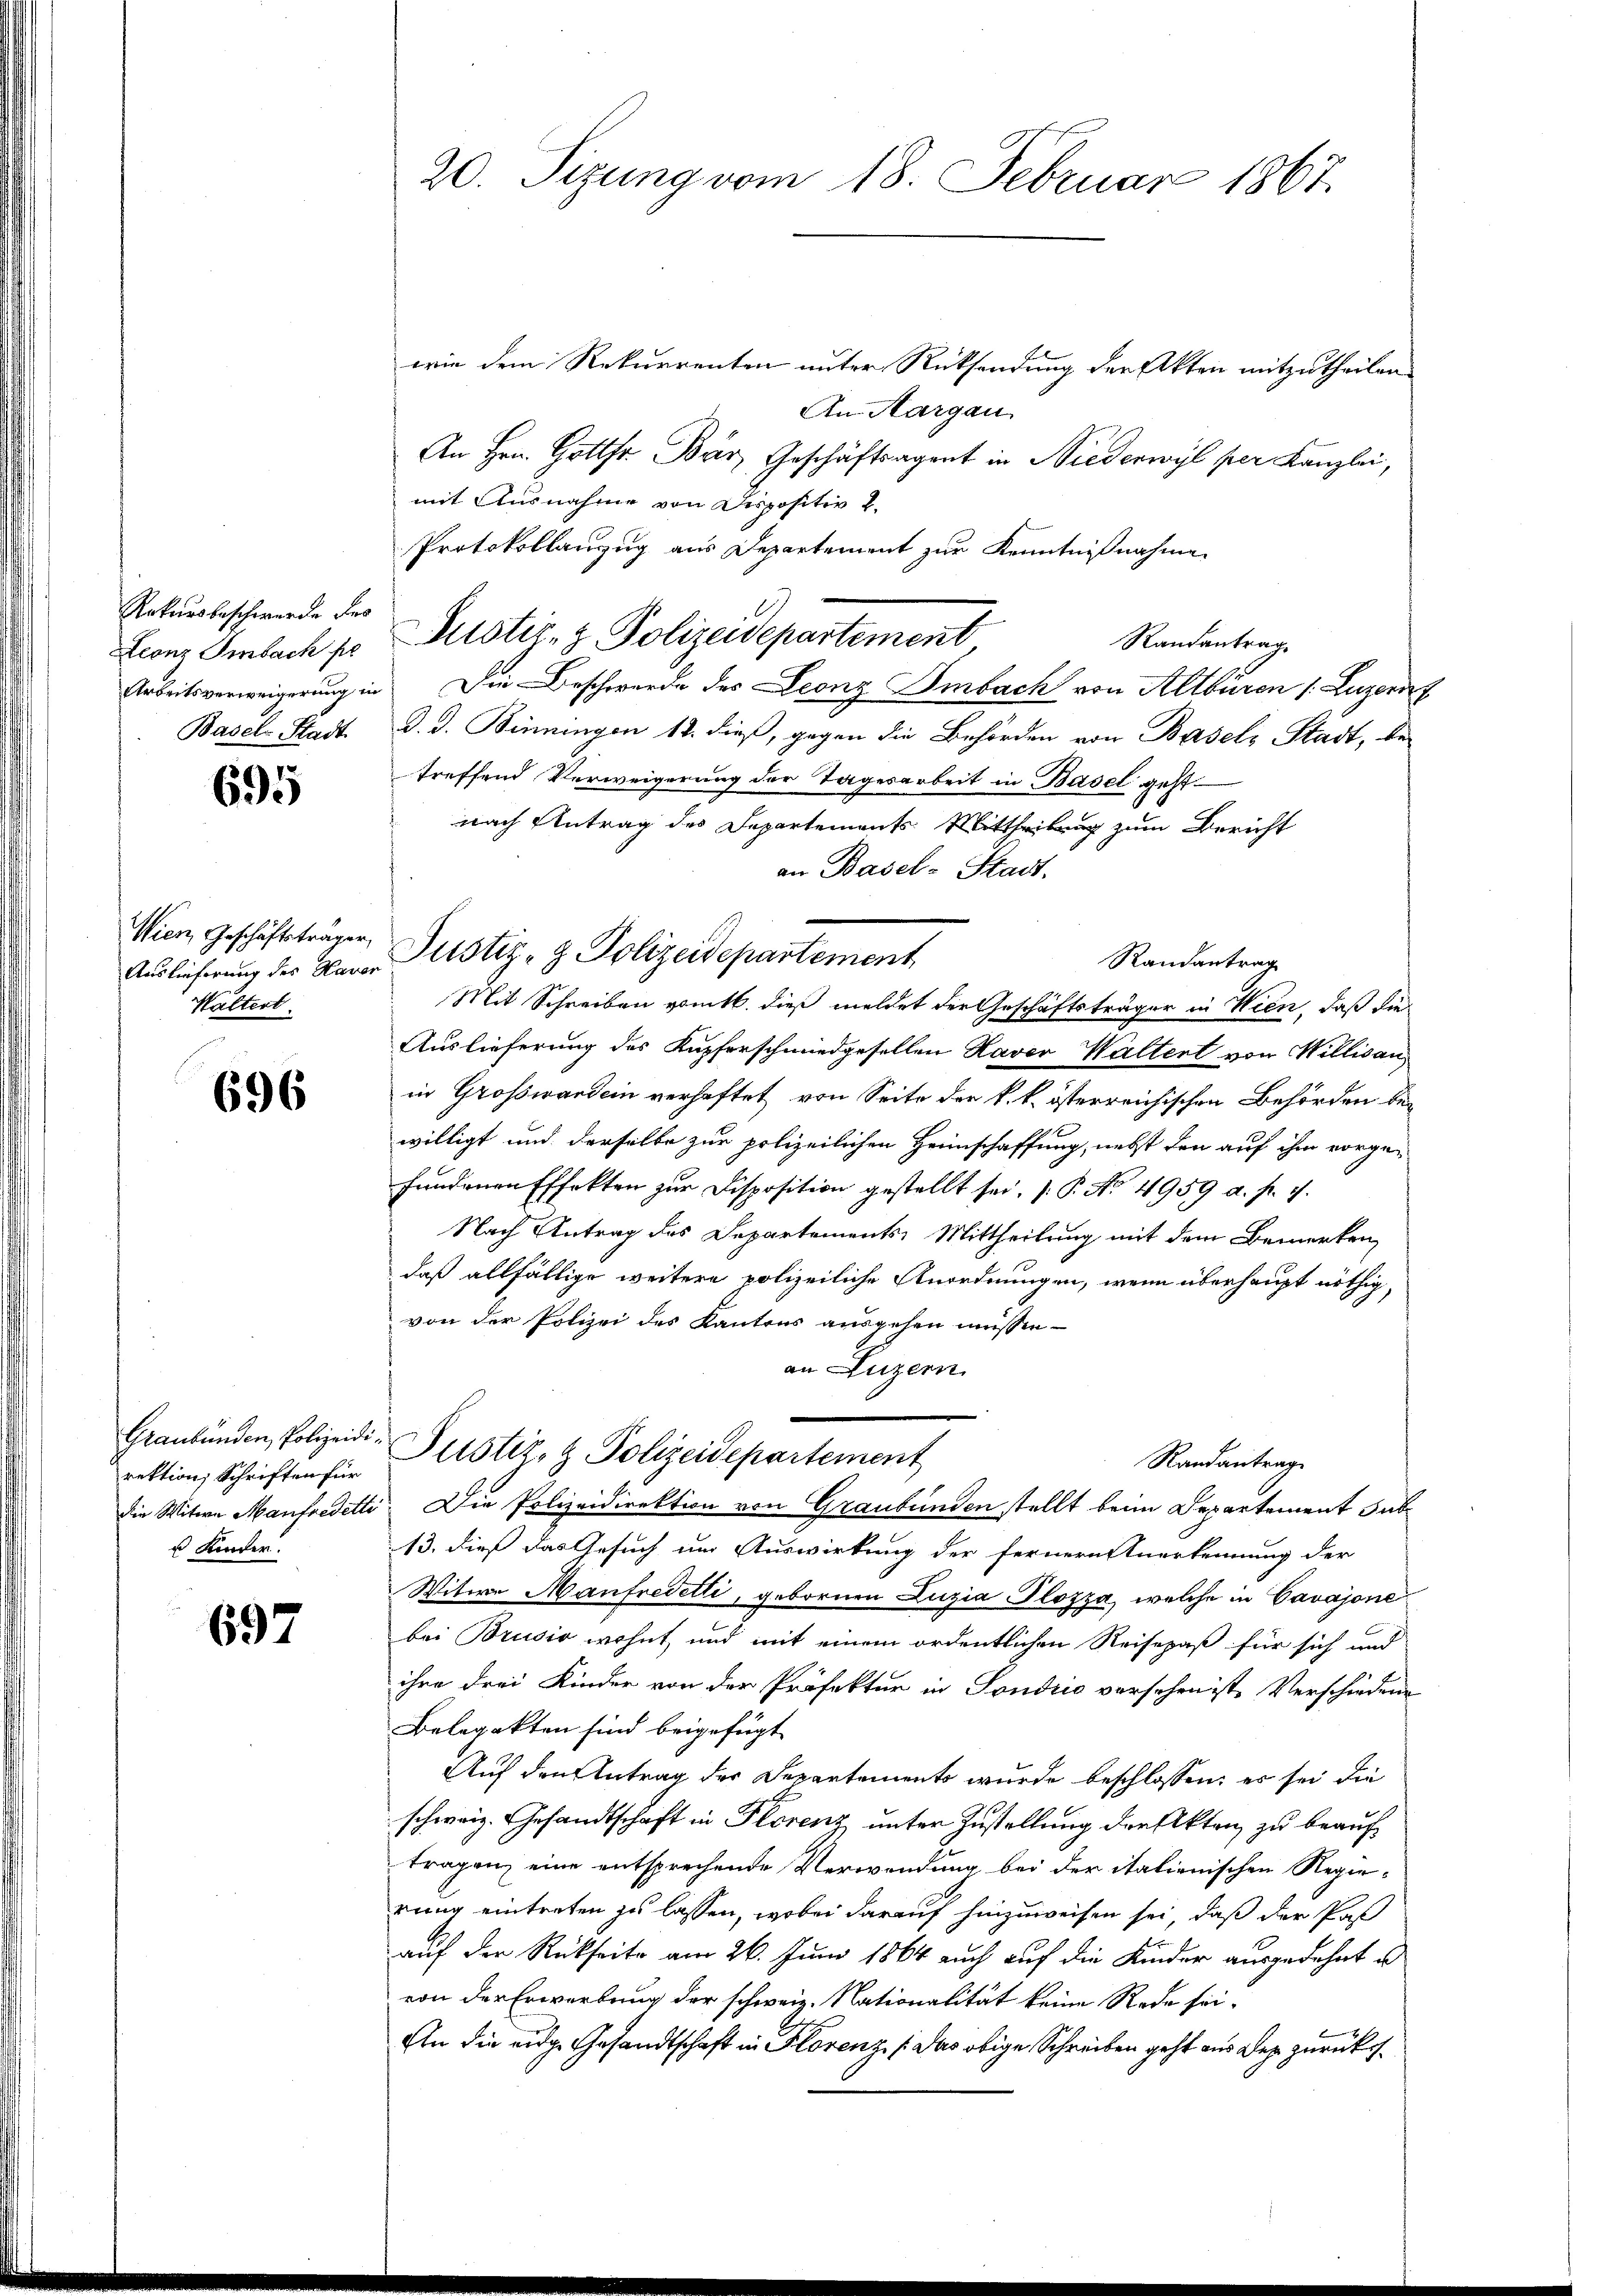
Rekursbeschwerde des
Basel-Stadt.

695

Auslieferung des Haver
Waltert.

696

rektion Schriften für
s Kinder.

697

20. Sizung vom 18. Februar 1867.

wie dem Rekurrenten unter Rücksendung der Akten mitzutheilen.
An Aargau.
An Hrn. Gott Bär, Geschäftsagent in Niederwyl per Kanzlei,
mit Ausnahme von Dispositiv 2.
Protokollanzug aus Departement zur Kenntnißnahme
Randantrag
Arbeitsverweigerŭng in Die Beschwerde des Leonz Imbach von Altbüren /: Luzern
d. d. Benningen 18. dieß, gegen die Behörden von Basels Stadt, bei
treffend Verweigerung der Tagesarbeit in Basel geht.
nach Antrag des Departements Mittheilung zum Bericht
Randantrag
Mit Schreiben vom 16. dieß meldet der Geschäftsträger in Wien, daß die
Auslieferung des Kupferschmiedgesellen Haver Waltert von Willisau
in Großward ein verhaftet von Seite der k. k. österreichischen Behörden bei
willigt und derselbe zur polizeilichen Heimschaffung, nebst den auf ihm vorgefundenen Effekten zur Disposition gestellt sei. (: P. No. 4959 a. p. 1.
Nach Antrag des Departements-Mittheilung mit dem Bemerken
daß allfällige weitere polizeiliche Anordnungen, wenn überhaupt nöthig,
von der Polizei des Kantons ausgehen müssen -
an Luzern
Graubünden, Polizeide Pustiz- & Polizeidepartement
Randantrage
die Witwe Manfredette. Die Polizeidirektion von Graubünden stellt beim Departement sub
13. dieß das Gesuch um Auswirkung der fernern Anerkennung der
Witwe Manfredetti, gebornen Luzia Plozza, welche in Cavajone
bei Brusio wohnt, und mit einem ordentlichen Reisepaß für sich und
ihre drei Kinder von der Präfektur in Sondrio versehen ist, Verschiedene
Belegekten sind beigefügt
Auf den Antrag der Departements wurde beschlossen: es sei die
schweiz. Gesandtschaft in Florenz unter Zustellung der Akten zu beauftragen, eine entsprechende Verwendung bei der italienischen Regierung eintreten zu lassen, wobei darauf hinzuweisen sei, daß der Pas
auf der Rückseite am 26. Juni 1864 auch auf die Kinder ausgedehnt u
von der Erwerbung der schweiz. Nationalität keine Rede sei¬
An die eidg. Gesandtschaft in Florenz /: das obige Schreiben geht aus der zurücks¬

Leonz Smbach pr Justiz- & Polizeidepartement

an Basel-Stadt.
Wien, Geschäftsträger Justiz- & Polizeidepartement